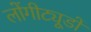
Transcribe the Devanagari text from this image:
लोंगीट्यूडों